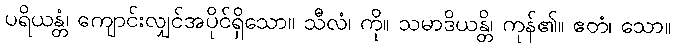
ပရိယန္တံ၊ ကျောင်းလျှင်အပိုင်ရှိသော။ သီလံ၊ ကို။ သမာဒိယန္တိ၊ ကုန်၏။ ဧတံ၊ သော။